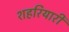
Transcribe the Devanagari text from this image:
शहरियारी